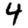
Digit: 4